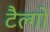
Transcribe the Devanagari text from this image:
टैल्गो